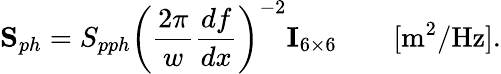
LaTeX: {\mathbf S}_{ph}=S_{pph}\left(\frac{2\pi}{w}\frac{df}{dx}\right)^{-2}{\mathbf I}_{6\times 6}\qquad[\mathrm{m^{2}/Hz}].